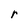
Character: r